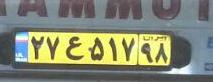
۲۷ع۵۱۷۹۸